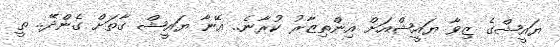
ޔައީޝްގެ ޒިވާ ޔައީޝްއަށް އިންތިޒާރު ކުރާނެ.. އޭނާ ޔައީޝް ގާތަށް ގެންދޭ.. ތީ